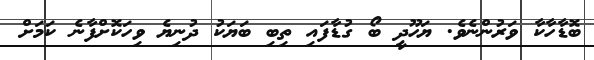
ބޮޑާހާކާ ވަރުންނެވެ. ޔަހޫދީ ބޯ ގުޑާފައި ތިބި ބަޔަކު ދުނިޔެ ވިހަކޮށްފާނެ ކަމަށް